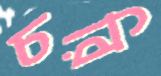
চরি